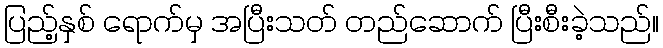
ပြည့်နှစ် ရောက်မှ အပြီးသတ် တည်ဆောက် ပြီးစီးခဲ့သည်။